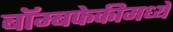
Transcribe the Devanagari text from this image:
बॉम्बफेकीमध्ये